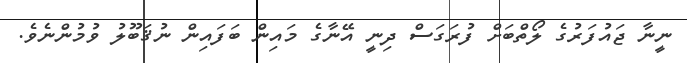
ނީނާ ޖައުފަރުގެ ލޯތްބަށް ފުރަގަސް ދިނީ އޭނާގެ މައިން ބަފައިން ނުޤަބޫލު ވުމުންނެވެ.